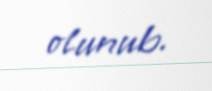
olunub.